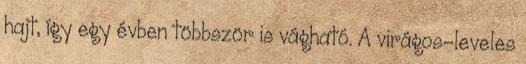
hajt, így egy évben többször is vágható. A virágos-leveles